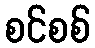
စင်စစ်